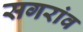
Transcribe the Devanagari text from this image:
सगरांव